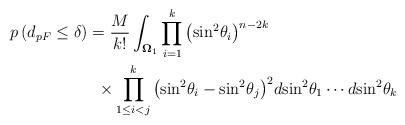
LaTeX: \begin{align*}p\left( {{d_{pF}} \leq \delta } \right) & = \frac{M}{{k!}}\int_{{{\mathbf{\Omega }}_1}}\prod\limits_{i = 1}^k {{{\left({{{\sin }^2}{\theta _i}} \right)}^{n - 2k}}} \\ & \,\,\, \times \prod\limits_{1 \leq i < j}^k {{{\left( {{{\sin }^2}{\theta _i} - {{\sin }^2}{\theta _j}} \right)}^2}} d{{\sin }^2}{\theta _1} \cdots d{{\sin }^2}{\theta _k}\end{align*}